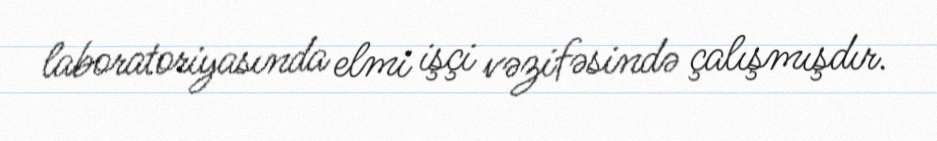
laboratoriyasında elmi işçi vəzifəsində çalışmışdır.